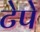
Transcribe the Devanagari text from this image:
टेपे